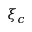
\xi _ { c }